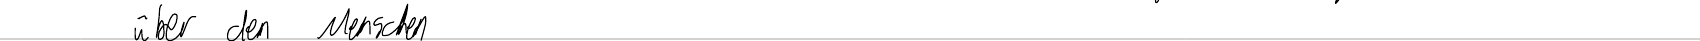
über den Menschen